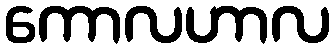
ကောလဟာလ